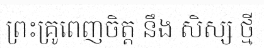
ព្រះគ្រូពេញចិត្ត នឹង សិស្ស ថ្មី